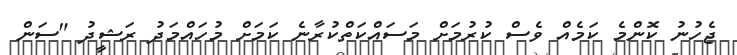
ޖެހުނު ކޮންމެ ކަމެއް ވެސް ކުރުމަށް މަސައްކަތްކުރާނެ ކަމަށް މުހައްމަދު ރަޝީދު "ސަން